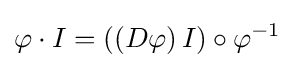
\varphi \cdot I=((D\varphi )\,I)\circ \varphi ^{-1}